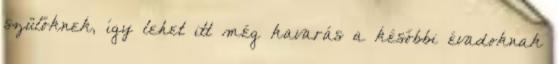
szülőknek, így lehet itt még kavarás a későbbi évadoknak